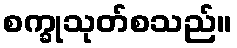
စက္ခုသုတ်စသည်။